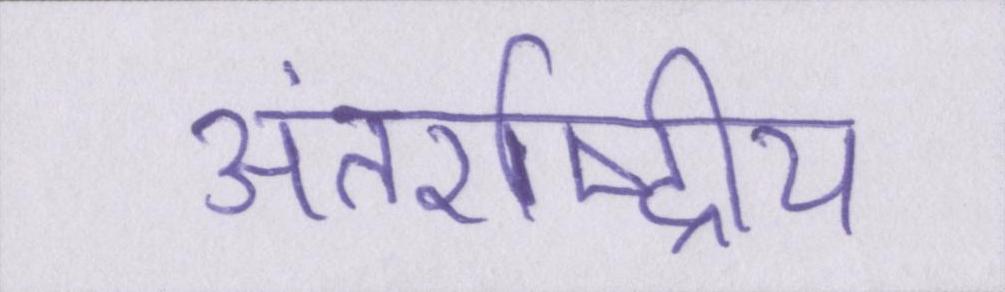
अंतर्राष्ट्रीय